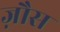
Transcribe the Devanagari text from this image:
ज़ौस